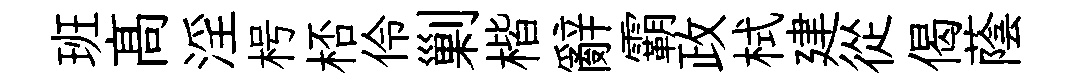
班髙淫枵桮伶剿楷辭霸政栻建從偈蔭